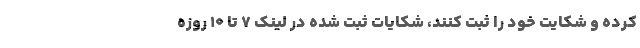
کرده و شکایت خود را ثبت کنند، شکایات ثبت ‌شده در لینک ۷ تا ۱۰ روزه